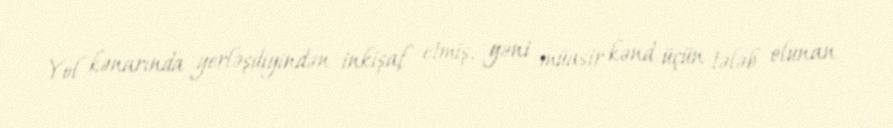
Yol kənarında yerləşdiyindən inkişaf etmiş, yəni müasir kənd üçün tələb olunan